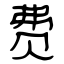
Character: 费